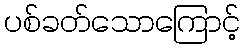
ပစ်ခတ်သောကြောင့်